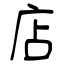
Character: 店